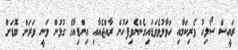
ރައީސް ސޯލިހު ވެރިކަމާއި ހަވާލުވެވަޑައިގެންނެވިފަހުން ރާއްޖެއާއި އިންޑިއާގެ ގުޅުން ވަނީ ވަރަށް ބޮޑަށް